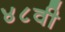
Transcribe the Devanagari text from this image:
४८वी